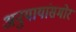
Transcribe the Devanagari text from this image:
अनुयायांसमोर